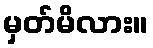
မှတ်မိလား။